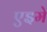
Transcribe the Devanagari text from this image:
एइमे